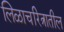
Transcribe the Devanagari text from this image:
लिळाचरित्रातील